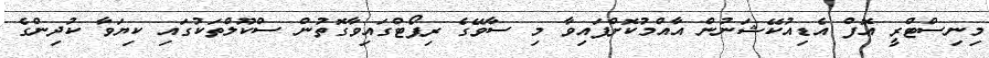
މިނިސްޓްރީ އޮފް އެޑިއުކޭޝަނުން އާއްމުކޮށްފައިވާ މި ސާވޭގެ ރިޕޯޓްގައިވާގޮތުން ސްކޫލްތަކުގައި ކިޔަވާ ކުދިންގެ